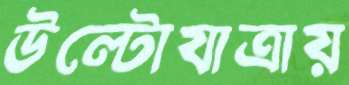
উল্টোযাত্রায়